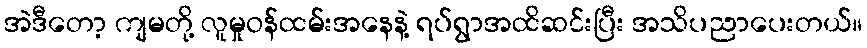
အဲဒီတော့ ကျမတို့ လူမှုဝန်ထမ်းအနေနဲ့ ရပ်ရွာအထိဆင်းပြီး အသိပညာပေးတယ်။